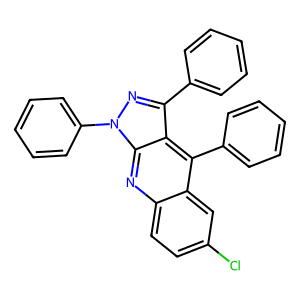
SMILES: Clc1ccc2nc3c(c(-c4ccccc4)nn3-c3ccccc3)c(-c3ccccc3)c2c1
Inhibits HIV replication: No